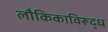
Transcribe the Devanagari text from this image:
लौकिकाविरूद्ध